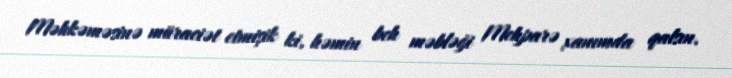
Məhkəməsinə müraciət etmişik ki, həmin beh məbləği Mehparə xanımda qalsın.